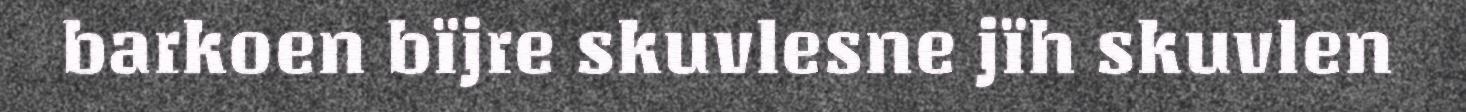
barkoen bïjre skuvlesne jïh skuvlen